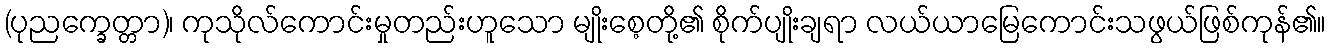
(ပုညက္ခေတ္တာ)၊ ကုသိုလ်ကောင်းမှုတည်းဟူသော မျိုးစေ့တို့၏ စိုက်ပျိုးချရာ လယ်ယာမြေကောင်းသဖွယ်ဖြစ်ကုန်၏။